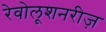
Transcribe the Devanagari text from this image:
रेवोलूशनरीज़